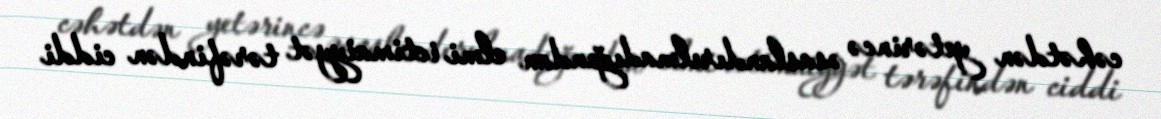
cəhətdən yetərincə əsaslandırılmadığından elmi ictimaiyyət tərəfindən ciddi